Report of the Indian Hemp Drugs Commission, 1894-1895 - Volume VII
Year: 1894
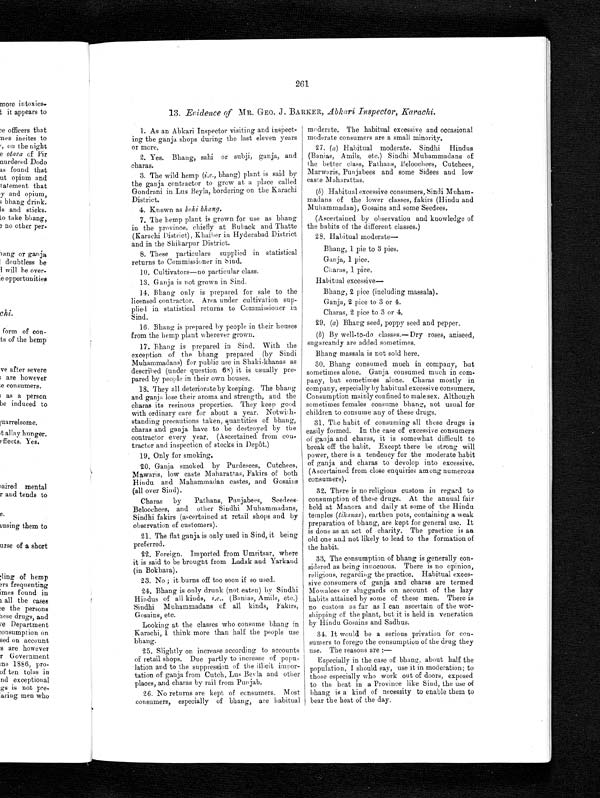
261
13. Evidence of MR. GEO. J. BARKER, Abkari Inspector, Karachi.
1. As an Abkari Inspector visiting and inspect
- i n g t h e g a n j a s h o p s d u r i n g t h e l a s t e l e v e n y e a r s
or more.
2. Yes. Bhang, sahi or subji, ganja, and
charas.
3. The wild hemp (i.e., bhang) plant is said by
the ganja contractor to grow at a place called
Gondrani in Lus Beyla, bordering on the Karachi
District.
4. Known as kohi bhang.
7. The hemp plant is grown for use as bhang
in the province, chiefly at Buback and Thatte
(Karachi District), Khaiber in Hyderabad District
and in the Shikarpur District.
8. These particulars supplied in statistical
returns to Commissioner in Sind.
10. Cultivators—no particular class.
13. Ganja is not grown in Sind.
14. Bhang only is prepared for sale to the
licensed contractor. Area under cultivation sup--
plied in statistical returns to Commissioner in
Sind.
16. Bhang is prepared by people in their houses
from the hemp plant wherever grown.
17. Bhang is prepared in Sind. With the
exception of the bhang prepared (by Sindi
Muhammadans) for public use in Shaki-khanas as
described (under question 68) it is usually pre-
-pared by people in their own houses.
18. They all deteriorate by keeping. The bhang
and ganja lose their aroma and strength, and the
charas its resinous properties. They keep good
with ordinary care for about a year. Notwith--
standing precautions taken, quantities of bhang,
charas and ganja have to be destroyed by the
contractor every year. (Ascertained from con-
-tractor and inspection of stocks in Depôt.)
19. Only for smoking.
20. Ganja smoked by Purdesees, Cutchees,
Mawaris, low caste Maharattas, Fakirs of both
Hindu and Mahammadan castes, and Gosains
(all over Sind).
Charas by Pathans, Punjabees, Seedees,
Beloochees, and other Sindhi Muhammadans,
Sindhi fakirs (ascertained at retail shops and by
observation of customers).
21. The flat ganja is only used in Sind, it being
preferred.
22. Foreign. Imported from Umritsar, where
it is said to be brought from Ladak and Yarkand
(in Bokhara).
23. No; it burns off too soon if so used.
24. Bhang is only drunk (not eaten) by Sindhi
Hindus of all kinds, i.e., (Banias, Amils, etc.)
Sindhi Muhammadans of all kinds, Fakirs,
Gosains, etc.
Looking at the classes who consume bhang in
Karachi, I think more than half the people use
bhang.
25. Slightly on increase according to accounts
of retail shops. Due partly to increase of popu-
lation and to the suppression of the illicit impor-
tation of ganja from Cutch, Lus Beyla and other
places, and charas by rail from Punjab.
26. No returns are kept of consumers. Most
consumers, especially of bhang, are habitual
moderate. The habitual excessive and occasional
moderate consumers are a small minority.
27. (a) Habitual moderate. Sindhi Hindus
(Banias, Amils, etc.) Sindhi Muhammadans of
the better class, Pathans, Beloochees, Cutchees,
Marwaris, Punjabees and some Sidees and low
caste Maharattas.
(b) Habitual excessive consumers, Sindi
M u h a m - m a d a n s o f t h e l o w e r c l a s s e s , f a k i r s ( H i n d u a n d
Muhammadan), Gosains and some Seedees.
(Ascertained by observation and knowledge of
the habits of the different classes.)
28. Habitual moderate—-
Bhang, 1 pie to 3 pies.
Ganja, 1 pice.
Charas, 1 pice.
Habitual excessive
—
Bhang, 2 pice (including massala).
Ganja, 2 pice to 3 or 4.
Charas, 2 pice to 3 or 4.
29. (a) Bhang seed, poppy seed and pepper.
(b) By well-to-do classes.—Dry roses, aniseed,
sugarcandy are added sometimes.
Bhang massala is not sold here.
30. Bhang consumed much in company, but
sometimes alone. Ganja consumed much in com-
- p a n y , b u t s o m e t i m e s a l o n e . C h a r a s m o s t l y i n
company, especially by habitual excessive consumers.
Consumption mainly confined to male sex. Although
sometimes females consume bhang, not usual for
children to consume any of these drugs.
31. The habit of consuming all these drugs is
easily formed. In the case of excessive consumers
of ganja and charas, it is somewhat difficult to
break off the habit. Except there be strong will
power, there is a tendency for the moderate habit
of ganja and charas to devolop into excessive.
(Ascertained from close enquiries among numerous
consumers).
32. There is no religious custom in regard to
consumption of these drugs. At the annual fair
held at Manora and daily at some of the Hindu
temples (tikanas), earthen pots, containing a weak
preparation of bhang, are kept for general use. It
is done as an act of charity. The practice is an
old one and not likely to lead to the formation of
the habit.
33. The consumption of bhang is generally con-
sidered as being innocuous. There is no opinion,
religious, regarding the practice. Habitual exces--
sive consumers of ganja and charas are termed
Mowalees or sluggards on account of the lazy
habits attained by some of these men. There is
no custom as far as I can ascertain of the wor-
- s h i p p i n g o f t h e p l a n t , b u t i t i s h e l d i n v e n e r a t i o n
by Hindu Gosains and Sadhus.
34. It would be a serious privation for con-
sumers to forego the consumption of the drug they
use. The reasons are :—
Especially in the case of bhang, about half the
p o p u l a t i o n , I s h o u l d s a y , u s e i t i n m o d e r a t i o n ; t o t h o s e e s p e c i a l l y w h o w o r k o u t o f d o o r s , e x p o s e d
to the heat in a Province like Sind, the use of
bhang is a kind of necessity to enable them to
bear the heat of the day.